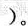
))。A.疏导交通 B.志大才疏C.古书注疏 D.疏密不均